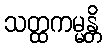
သတ္ထကမ္မန္တိ